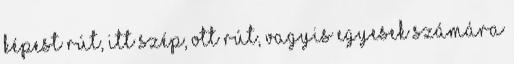
képest rút, itt szép, ott rút, vagyis egyesek számára